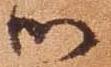
御